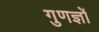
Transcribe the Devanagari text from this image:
गुणज्ञों